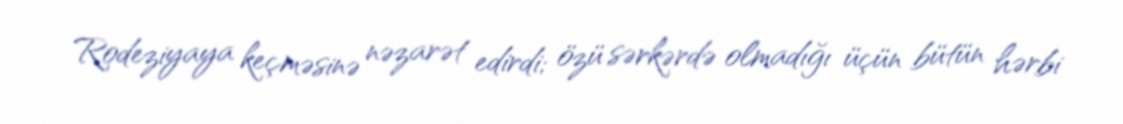
Rodeziyaya keçməsinə nəzarət edirdi; özü sərkərdə olmadığı üçün bütün hərbi